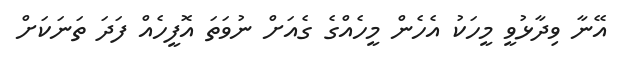
އޭނާ ވިދާޅުވީ މީހަކު އެހެން މީހެއްގެ ގެއަށް ނުވަތަ އޮފީހެއް ފަދަ ތަނަކަށް